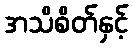
အသိစိတ်နှင့်